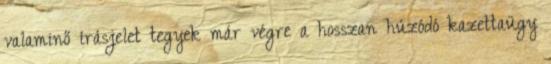
valaminő írásjelet tegyek már végre a hosszan húzódó kazettaügy